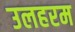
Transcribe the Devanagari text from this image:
उलहरम